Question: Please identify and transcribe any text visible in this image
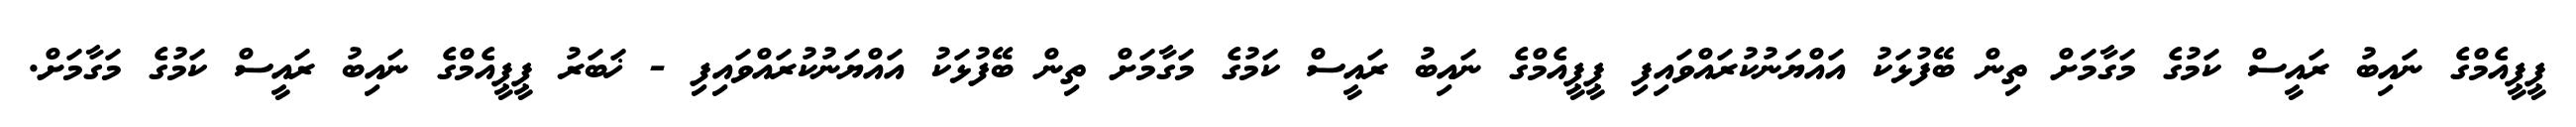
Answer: ޕީޕީއެމްގެ ނައިބު ރައީސް ކަމުގެ މަގާމަށް ތިން ބޭފުޅަކު އައްޔަނުކުރައްވައިފި ޕީޕީއެމްގެ ނައިބު ރައީސް ކަމުގެ މަގާމަށް ތިން ބޭފުޅަކު އައްޔަނުކުރައްވައިފި - ޚަބަރު ޕީޕީއެމްގެ ނައިބު ރައީސް ކަމުގެ މަގާމަށް.